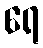
ရေ